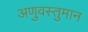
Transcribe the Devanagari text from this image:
अणुवस्तुमान